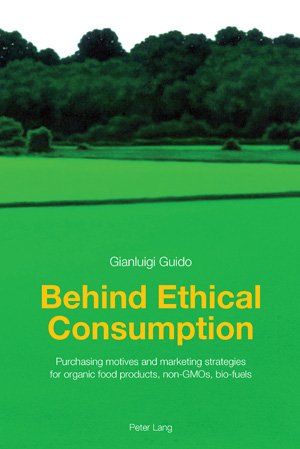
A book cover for Behind Ethical Consumption: Purchasing motives and marketing strategies for organic food products, non-GMOs, bio-fuels; Gianluigi Guido; Health, Fitness & Dieting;